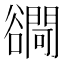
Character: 𧯓